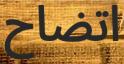
اتضاح